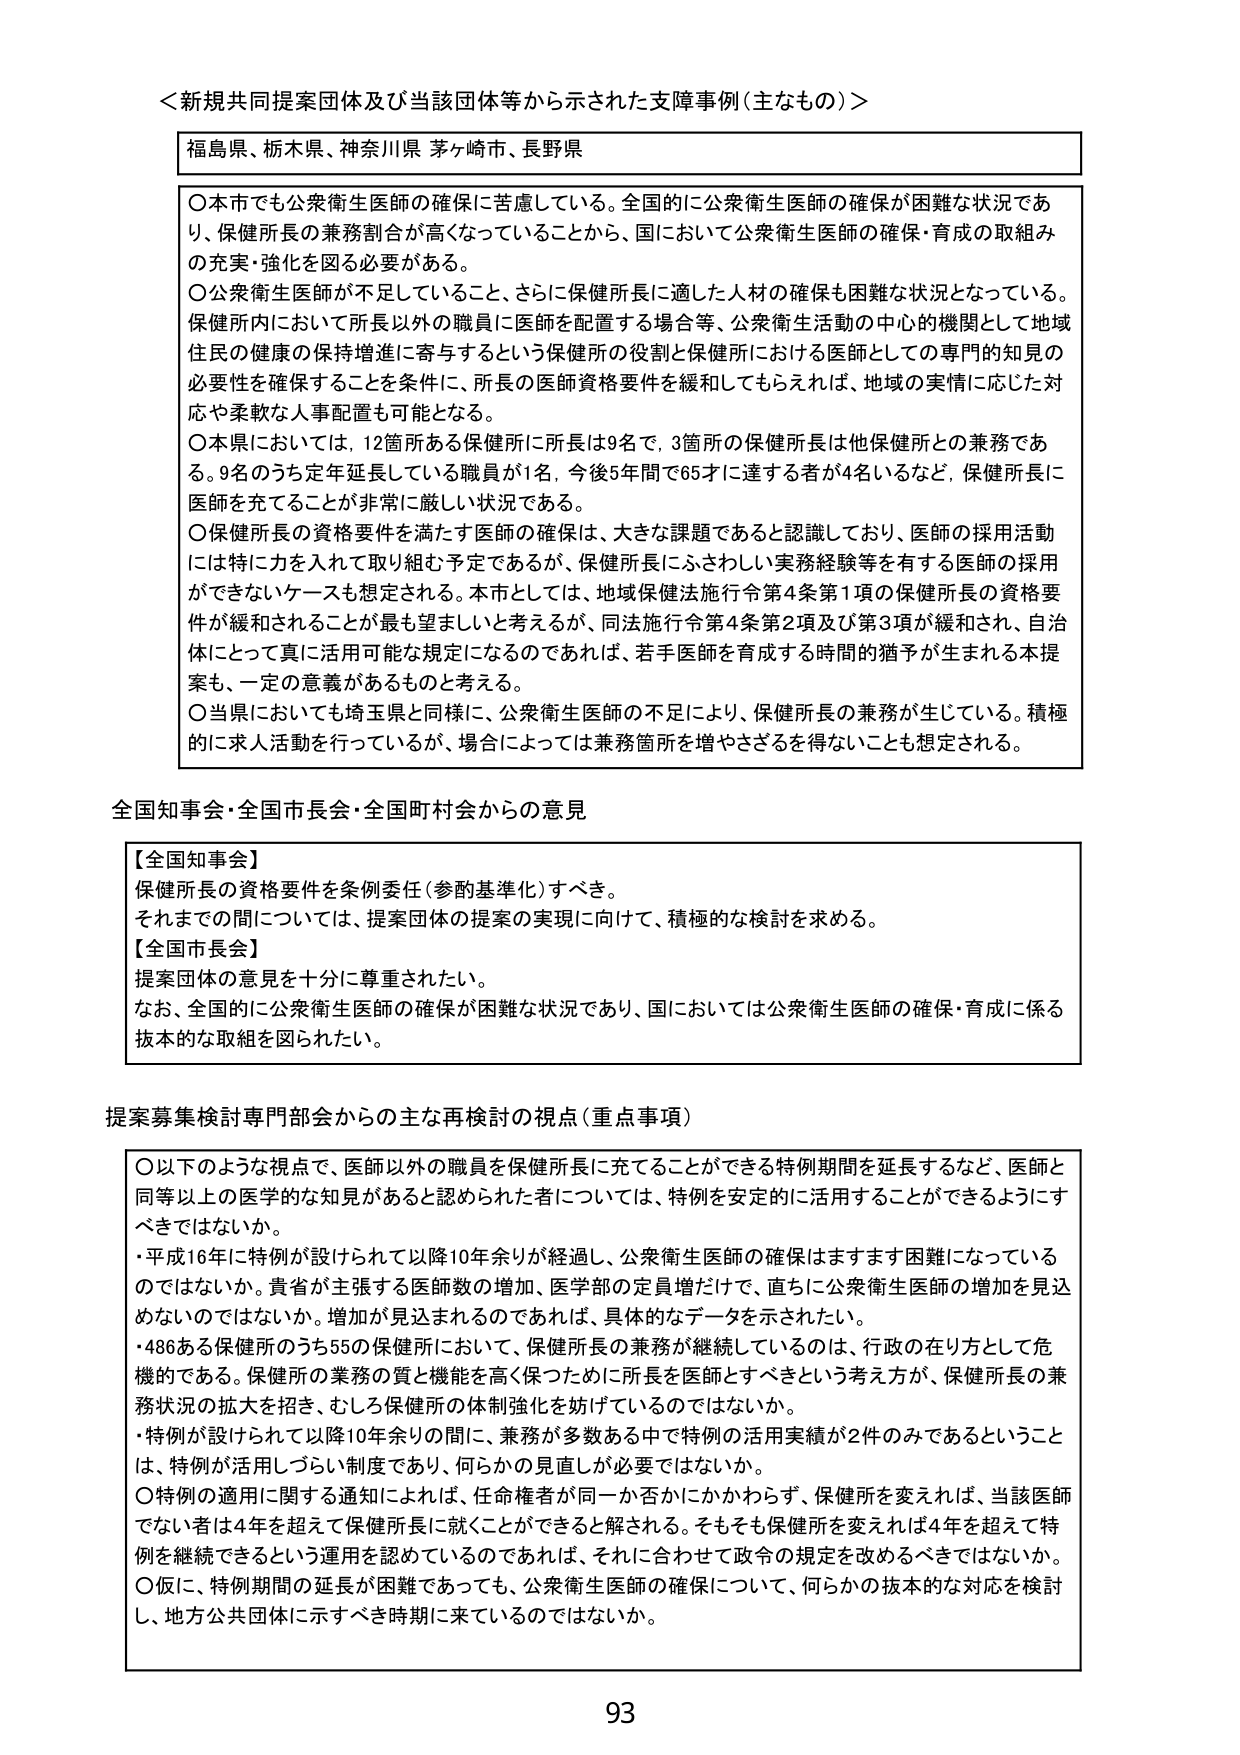
＜新規共同提案団体及び当該団体等から示された支障事例（主なもの）＞

福島県、栃木県、神奈川県 茅ヶ崎市、長野県

○本市でも公衆衛生医師の確保に苦慮している。全国的に公衆衛生医師の確保が困難な状況であり、保健所長の兼務割合が高くなっていることから、国において公衆衛生医師の確保・育成の取組みの充実・強化を図る必要がある。

○公衆衛生医師が不足していること、さらに保健所長に適した人材の確保も困難な状況となっている。保健所内において所長以外の職員に医師を配置する場合等、公衆衛生活動の中心的機関として地域住民の健康の保持増進に寄与するという保健所の役割と保健所における医師としての専門的知見の必要性を確保することを条件に、所長の医師資格要件を緩和してもらえれば、地域の実情に応じた対応や柔軟な人事配置も可能となる。

○本県においては、12箇所ある保健所に所長は9名で、3箇所の保健所長は他保健所との兼務である。9名のうち定年延長している職員が1名、今後5年間で65才に達する者が4名いるなど、保健所長に医師を充てることが非常に厳しい状況である。

○保健所長の資格要件を満たす医師の確保は、大きな課題であると認識しており、医師の採用活動には特に力を入れて取り組む予定であるが、保健所長にふさわしい実務経験等を有する医師の採用ができないケースも想定される。本市としては、地域保健法施行令第4条第1項の保健所長の資格要件が緩和されることが最も望ましいと考えるが、同法施行令第4条第2項及び第3項が緩和され、自治体にとって真に活用可能な規定になるのであれば、若手医師を育成する時間的猶予が生まれる本提案も、一定の意義があるものと考える。

○当県においても埼玉県と同様に、公衆衛生医師の不足により、保健所長の兼務が生じている。積極的に求人活動を行っているが、場合によっては兼務箇所を増やさざるを得ないことも想定される。

全国知事会・全国市長会・全国町村会からの意見

【全国知事会】
保健所長の資格要件を条例委任（参酌基準化）すべき。
それまでの間については、提案団体の提案の実現に向けて、積極的な検討を求める。

【全国市長会】
提案団体の意見を十分に尊重されたい。
なお、全国的に公衆衛生医師の確保が困難な状況であり、国においては公衆衛生医師の確保・育成に係る抜本的な取組を図られたい。

提案募集検討専門部会からの主な再検討の視点（重点事項）

○以下のような視点で、医師以外の職員を保健所長に充てることができる特例期間を延長するなど、医師と同等以上の医学的な知見があると認められた者については、特例を安定的に活用することができるようすべきではないか。
・平成16年に特例が設けられて以降10年余りが経過し、公衆衛生医師の確保はますます困難になっているのではないか。貴省が主張する医師数の増加、医学部の定員増だけで、直ちに公衆衛生医師の増加を見込めないのではないか。増加が見込まれるのであれば、具体的なデータを示されたい。
・486ある保健所のうち55の保健所において、保健所長の兼務が継続しているのは、行政の在り方として危機的である。保健所の業務の質と機能を高く保つために所長を医師とすべきという考え方が、保健所長の兼務状況の拡大を招き、むしろ保健所の体制強化を妨げているのではないか。
・特例が設けられて以降10年余りの間に、兼務が多数ある中で特例の活用実績が2件のみであるということは、特例が活用しやすい制度であり、何らかの見直しが必要ではないか。

○特例の適用に関する通知によれば、任命権者が同一か否かにかかわらず、保健所を変えれば、当該医師でない者は4年を超えて保健所長に就くことができると解される。そもそも保健所を変えれば4年を超えて特例を継続できるという運用を認めているのであれば、それに合わせて政令の規定を改めるべきではないか。

○仮に、特例期間の延長が困難であっても、公衆衛生医師の確保について、何らかの抜本的な対応を検討し、地方公共団体に示すべき時期に来ているのではないか。

93